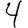
Digit: 4